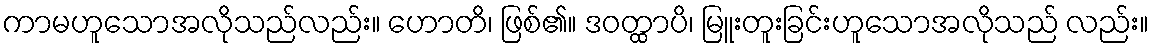
ကာမဟူသောအလိုသည်လည်း။ ဟောတိ၊ ဖြစ်၏။ ဒဝတ္ထာပိ၊ မြူးတူးခြင်းဟူသောအလိုသည် လည်း။